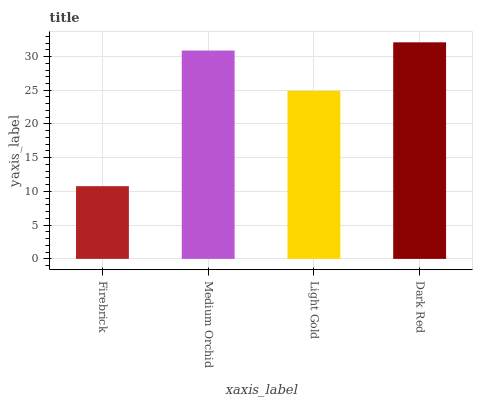
| xaxis_label | bars |
 | --- | --- |
 | Firebrick | 10.8 |
 | Medium Orchid | 30.9 |
 | Light Gold | 24.9 |
 | Dark Red | 32.1 |